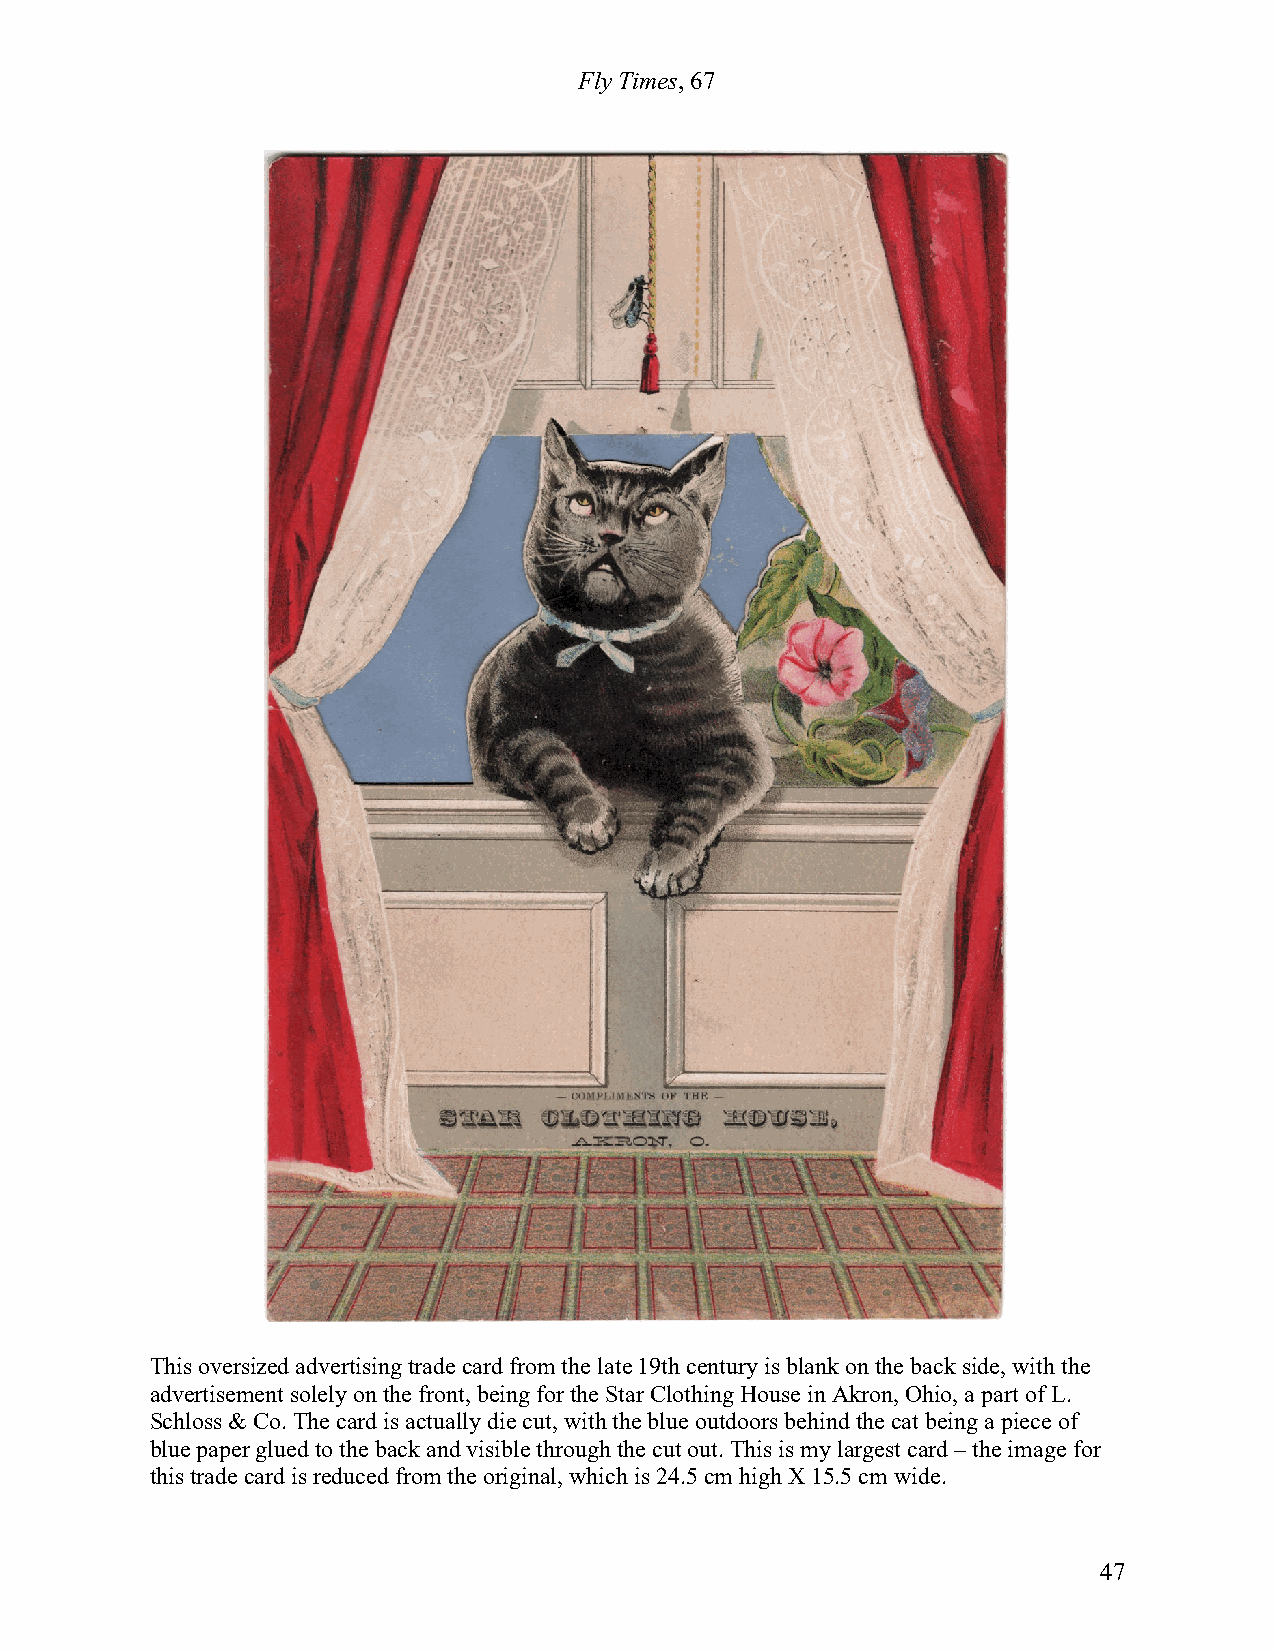
Fly Times, 67
 This oversized advertising trade card from the late 19th century is blank on the back side, with the
 advertisement solely on the front, being for the Star Clothing House in Akron, Ohio, a part of L.
 Schloss & Co. The card is actually die cut, with the blue outdoors behind the cat being a piece of
 blue paper glued to the back and visible through the cut out. This is my largest card – the image for
 this trade card is reduced from the original, which is 24.5 cm high X 15.5 cm wide.
 47